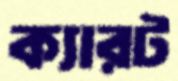
ক্যারট